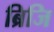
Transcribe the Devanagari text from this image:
ब्रिजि